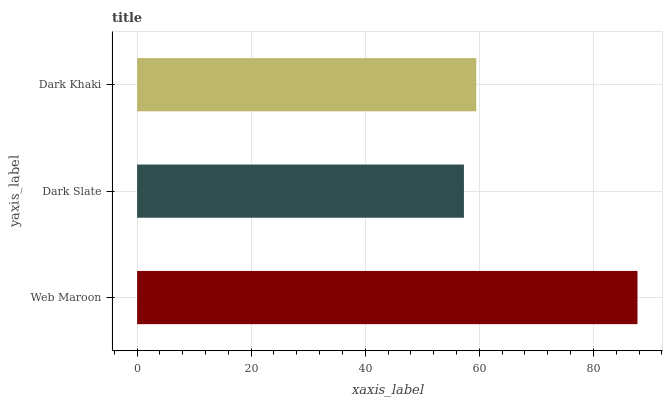
| yaxis_label | bars |
 | --- | --- |
 | Web Maroon | 87.7 |
 | Dark Slate | 57.3 |
 | Dark Khaki | 59.5 |